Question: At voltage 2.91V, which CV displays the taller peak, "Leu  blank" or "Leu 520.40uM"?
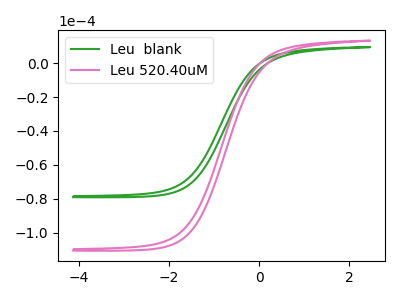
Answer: <think>The green curve "Leu  blank" has no peaks. The pink curve "Leu 520.40uM" has no peaks.</think>
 <answer>"Leu  blank" and "Leu 520.40uM" dont share a peak at 2.91V.</answer>
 <eval>mismatch</eval>